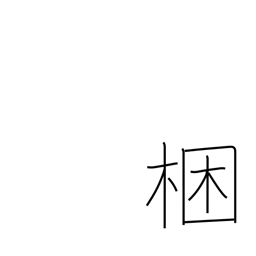
Meaning: tie up